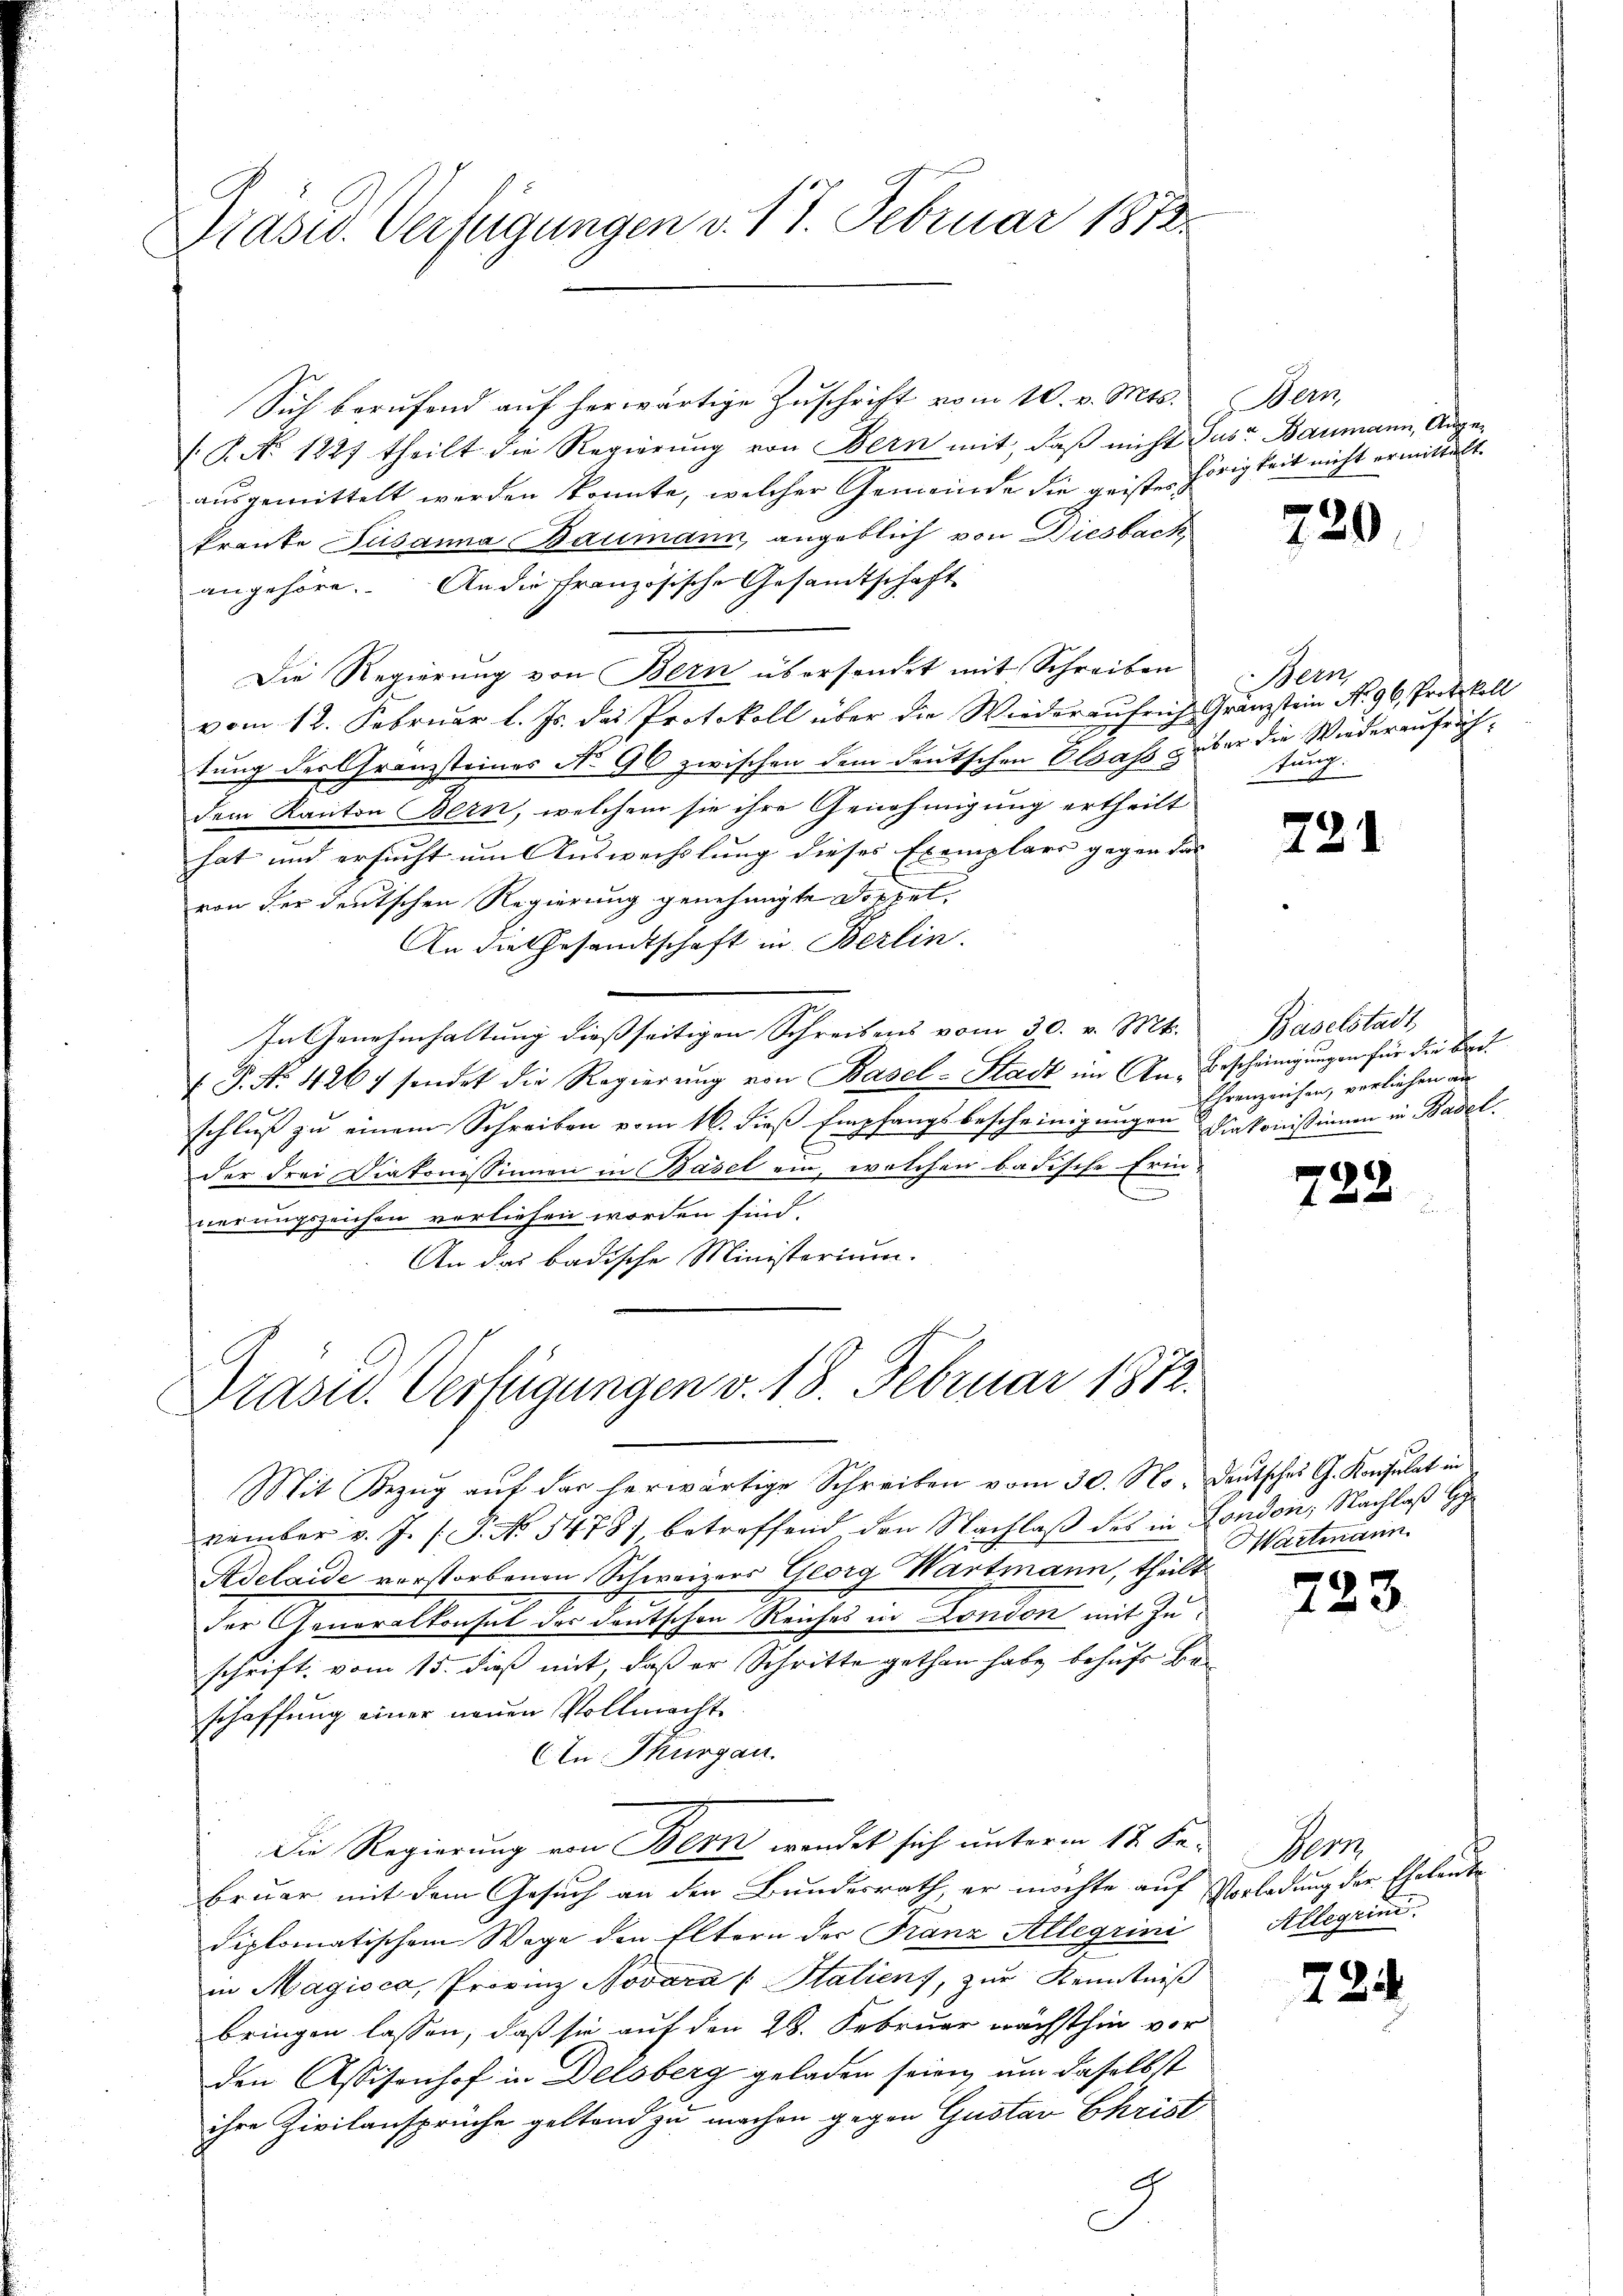
Präses Verfügungen v. 17. Februar 1813.

.P. No. 1227 theilt die Regierŭng von Bern mit, daβ nicht Sus Baumann, Angeausgemittelt werden könnte, welcher Gemeinde die geistes
kranke Susanna Baumann, angeblich von Diesbach,
angehöre. An die französische Gesandtschaft
Die Regierung von Bern übersendet mit Schreiben
vom 12. Februar l. Js. das Protokoll über die Wiederaŭfrich Gränztein No. 96, Protokoll
tung des Granzsteines No 96 zwischen dem deutschen Elsass über die Wiederaufrichdem Kanton Bern, welchem sie ihre Genehmigung ertheilt
hat und ersucht um Auswechslung dieses Exemplars gegen das |
von der deutschen Regierung genehmigte Doppel,
An die Gesandtschaft in Berlin.
In Genehmhaltung dießseitigen Schreibens vom 30. v. Mk.
EP. Nr. 426 sendet die Regierŭng von Basel-Stadt im An-Bescheinigŭngen für die Bre
schluß zu einem Schreiben vom 16. dieß Empfangsbescheinigungen Diakonissionen in Basel
der drei Diakonissinnen in Basel ein, welchen badische Erin-
E
nerungszeichen verliehen worden sind.
An das badische Ministerium.

Sich berufend auf herwärtige Zuschrift vom 10. v. Mts. Bern,

Präsed. Verfügungen v. 18. Februar 1812.

Mit Bezug auf das herwärtige Schreiben vom 30. No. Deutsches G. Konsulat in
vember v. J. P. No 5478), betreffend den Nachlaß des in London, Nachlaß d
Adelaide vorstorbenen Schweizers Georg Wartmann, theilt
Die Gemeistenches der deutschen Reiche in London mit Zuschrift vom 15. dieß mit, daß er Schritte gethan habe behufs Beschaffung einer neuen Vollmacht
AIn Thurgau.
Die Regierung von Bern wendet sich unterm 12. Februar mit dem Gesuch an den Bundesrath, er möchte auf Vorladung der Eheleute
diplomatischem Wege den Eltern der Franz Allerini
in Magioca, Provinz Novara Statien), zur Kenntniß
bringen lassen, daß sie auf den 28. Februar nächsthin vor
den Assisonhof in Delsberg geladen seien, um daselbst
ihre Zivilansprüche geltend zu machen gegen Gustav Ekrist
.

hörigkeit nicht ermittelt.

220

Bern,
tung.

79

Baselstadt,
Ehrenzeichen, verliehen an

722

Hartmann.

7.

.

3.

724

Her
Allegen.